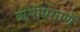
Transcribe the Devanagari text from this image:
ॠषीप्रमाणें